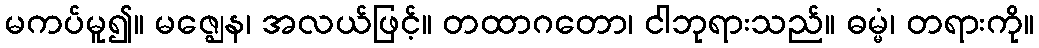
မကပ်မူ၍။ မဇ္ဈေန၊ အလယ်ဖြင့်။ တထာဂတော၊ ငါဘုရားသည်။ ဓမ္မံ၊ တရားကို။